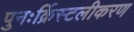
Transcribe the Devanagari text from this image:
पुनःर्क्रिस्टलीकरण